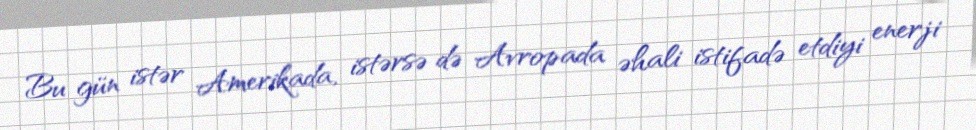
Bu gün istər Amerikada, istərsə də Avropada əhali istifadə etdiyi enerji